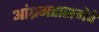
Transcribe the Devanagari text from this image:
आंध्रमहासभेचे